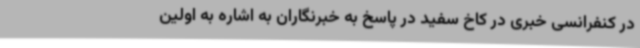
در کنفرانسی خبری در کاخ سفید در پاسخ به خبرنگاران به اشاره به اولین